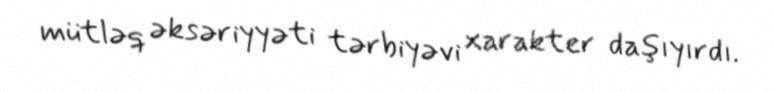
mütləq əksəriyyəti tərbiyəvi xarakter daşıyırdı.